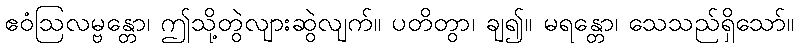
ဧဝံဩလမ္ဗန္တော၊ ဤသို့တွဲလျားဆွဲလျက်။ ပတိတွာ၊ ချ၍။ မရန္တော၊ သေသည်ရှိသော်။